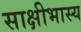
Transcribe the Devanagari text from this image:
साक्षीभास्य